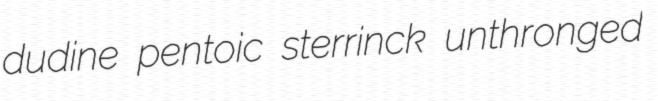
dudine pentoic sterrinck unthronged